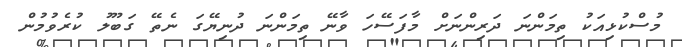
މުސްކުޅިއަކު ތިމަންނަ ދަރިންނަށް މާފަސޭހަ ވާނޭ ތިމަންނަ ދުނިޔޭގަ ނެތޭ ގަބޫލު ކުރެވުމުން